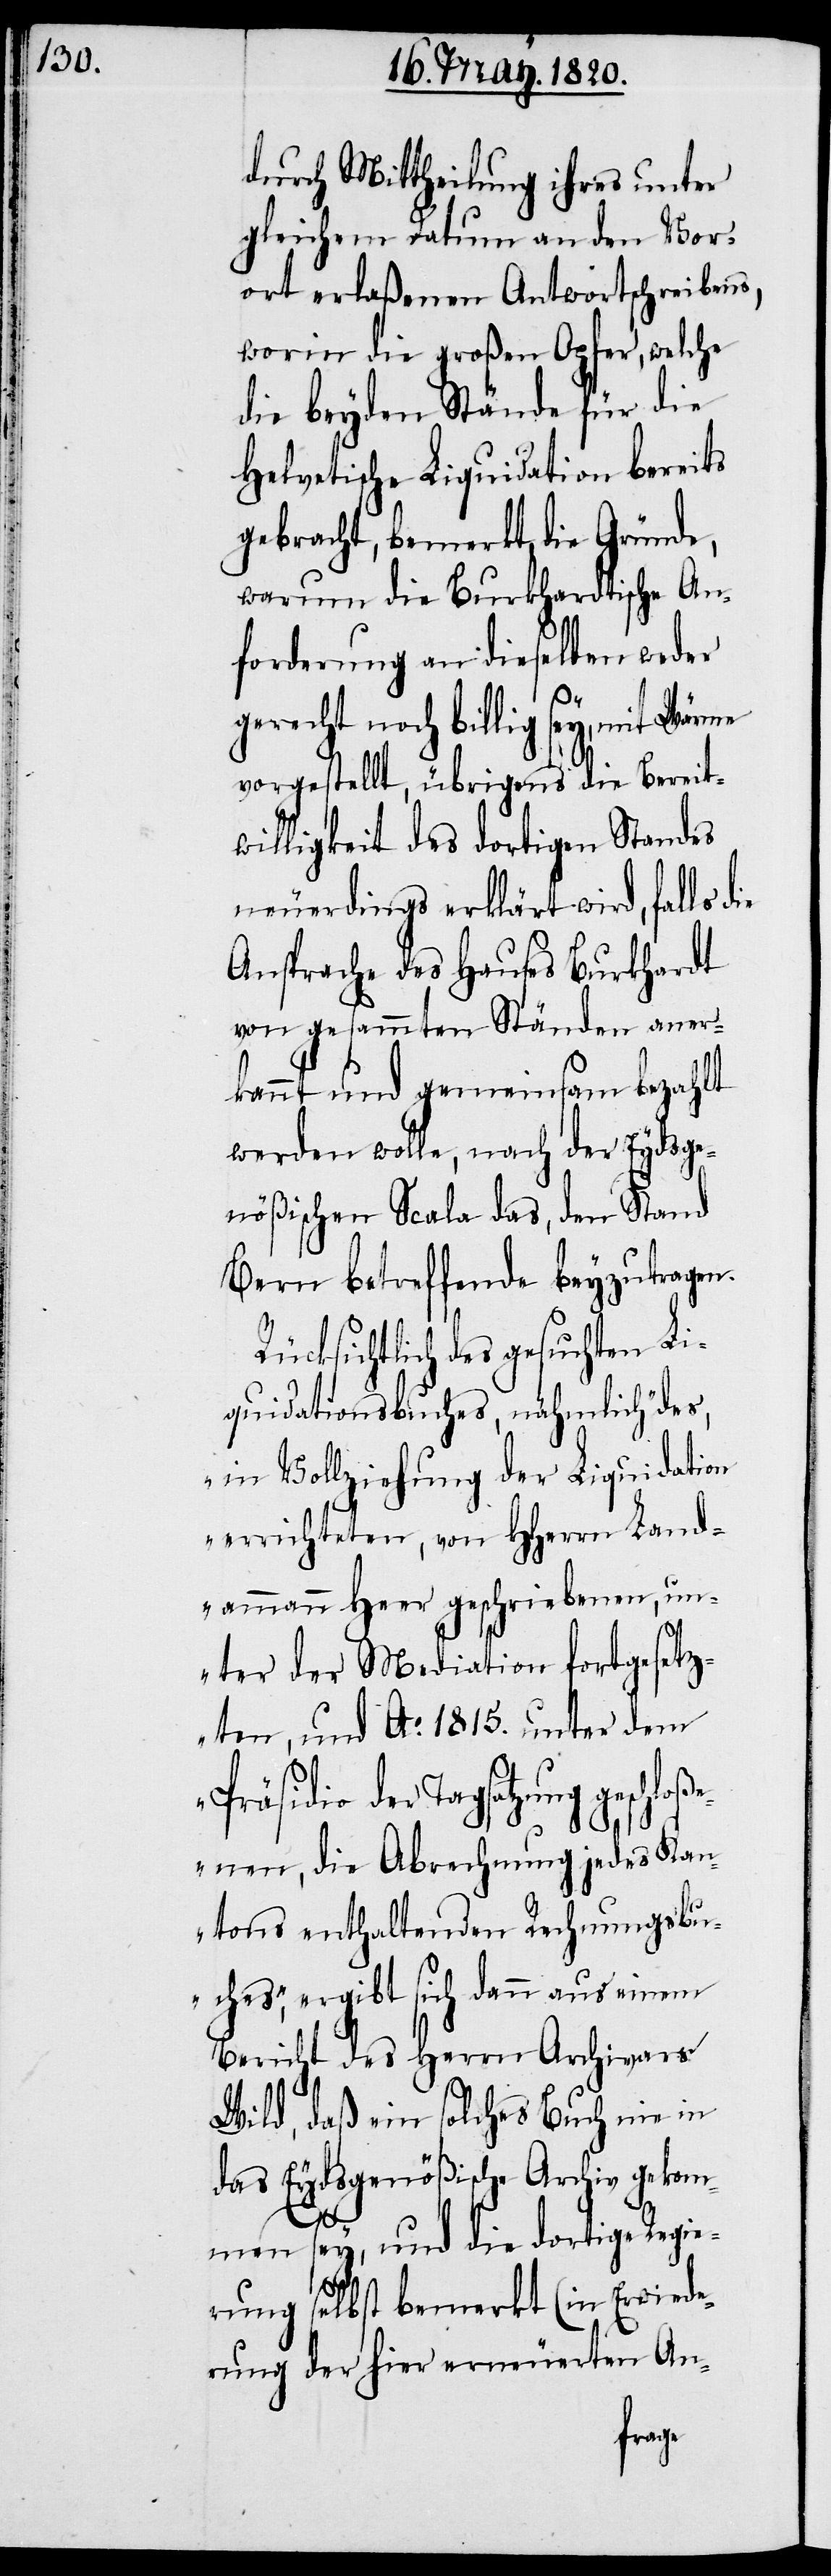
durch Mittheilung ihres unter
gleichem Datum an den Vor¬
ort erlaßenen Antwortschreibens,
worin die großen Opfer, welche
die beyden Stände für die
Helvetische Liquidation bereits
gebracht, bemerkt die Gründe,
warum die Burkhardtische An¬
forderung an dieselben weder
gerecht noch billig sey, mit Wärme
vorgestellt, übrigens die Bereit¬
willigkeit des dortigen Standes
neuerdings erklärt wird, falls die
Ansprache des Hauses Burkhardt
von gesammten Ständen aner¬
kannt und gemeinsam bezahlt
werden wolle, nach der Eydsge¬
nößischen Scala das, den Stand
Bern betreffende beyzutragen.
Rücksichtlich des gesuchten Li¬
quidationsbuches, nähmlich „des,
in Vollziehung der Liquidation
errichteten, von Hherrn Land¬
ammann Heer geschriebenen, un¬
ter der Mediation fortgesetz¬
ten, und Ao. 1815. unter dem
Präsidio der Tagsatzung geschlo¬
ßenen, die Abrechnung jedes Kan¬
tons enthaltenden Rechnungsbu¬
ches“, ergibt sich dann aus einem
Bericht des Herrn Archivars
Wild, daß ein solches Buch nie in
das Eydsgenößische Archiv gekom¬
men sey, und die dortige Regie¬
rung selbst bemerkt (in Erwiede¬
rung der hier erneuerten An-